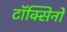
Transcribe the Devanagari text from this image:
टॉक्सिनों